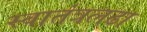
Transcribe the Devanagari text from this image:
स्वातंत्रलढा